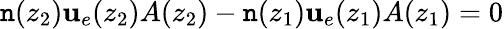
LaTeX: \mathtt{n}(z_{2})\mathbf{u}_{e}(z_{2})A(z_{2})-\mathtt{n}(z_{1})\mathbf{u}_{e}(z_{1})A(z_{1})=0